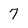
Character: 7